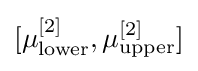
[\mu _{\text{lower}}^{[2]},\mu _{\text{upper}}^{[2]}]